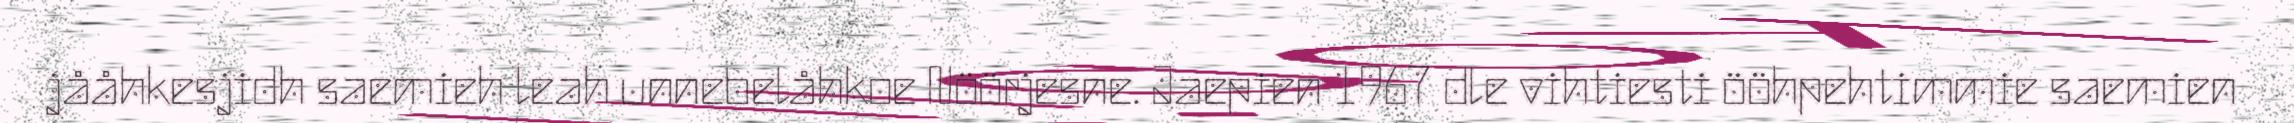
jååhkesjidh saemieh leah unnebelåhkoe Nöörjesne. Jaepien 1967 dle vihtiesti ööhpehtimmie saemien